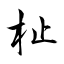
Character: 杫